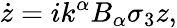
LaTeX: \dot{z}=ik^{\alpha}B_{\alpha}\sigma_{3}z,